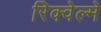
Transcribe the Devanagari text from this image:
रिक्वेल्मे